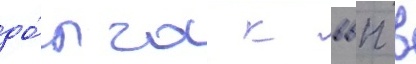
до́лга к ввп в